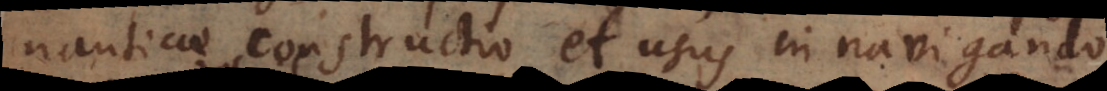
nauticae constructio et usus in navigando